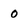
Character: 0